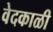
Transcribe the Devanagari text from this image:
वेदकाळी